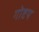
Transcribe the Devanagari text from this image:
गोष्टय